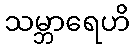
သမ္ဘာရေဟိ